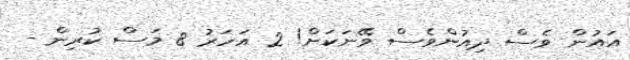
އައުން ވެސް ދިއުންވެސް ވޭނަކަށް! 2 އަހަރު 8 މަސް ކުރިން -